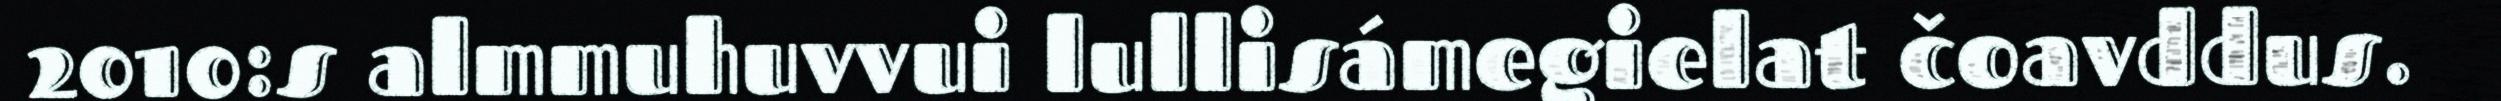
2010:s almmuhuvvui lullisámegielat čoavddus.